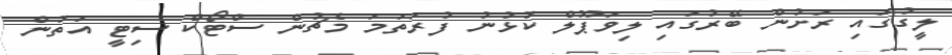
ލީގުގައި ރަށުން ބޭރުގައި ލިވަޕޫލް ކުޅުނު ފުރަތަމަ މެޗުން ސްޓޯކް ސިޓީ އަތުން